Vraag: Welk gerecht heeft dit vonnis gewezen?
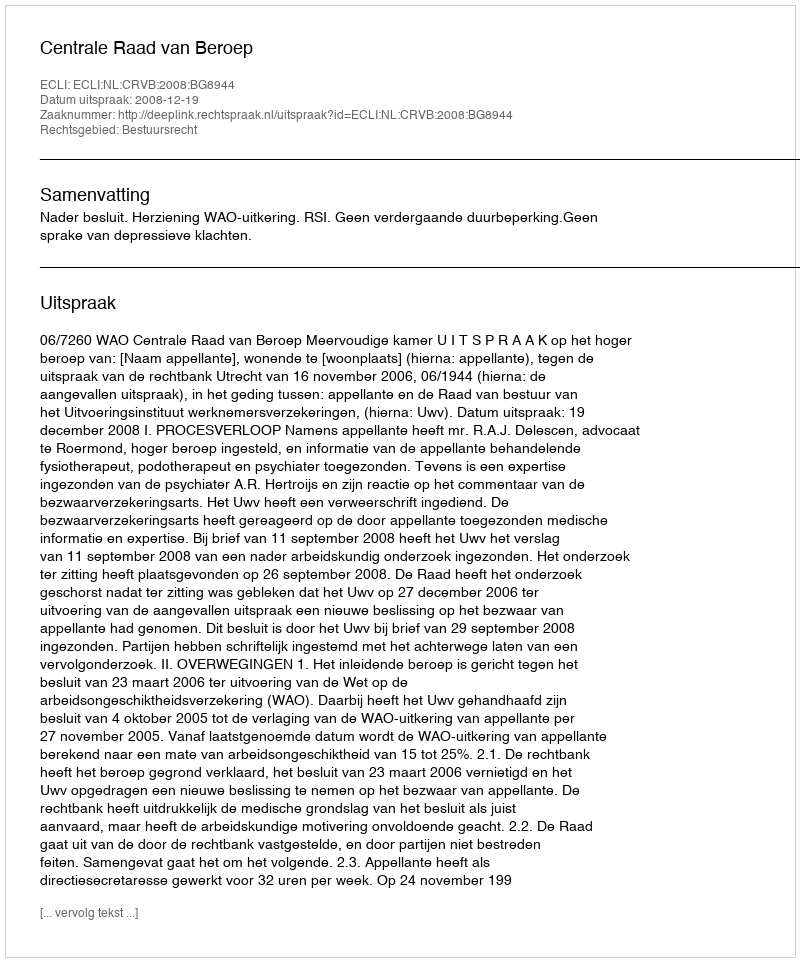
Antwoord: Centrale Raad van Beroep